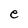
Character: e